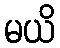
မယိ